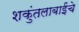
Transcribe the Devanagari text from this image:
शकुंतलाबाईंचे